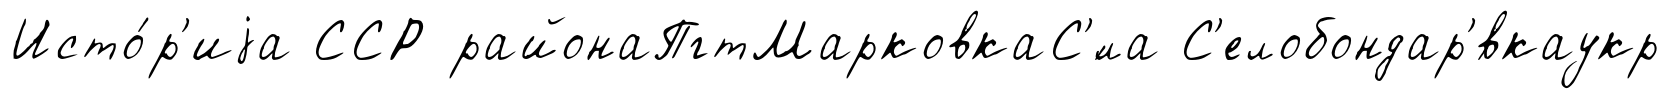
Исто́р'иjа ССР районаПгтМарковкаС'́ла С'елобондар'́вкаукр